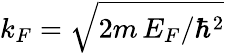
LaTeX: k_{F}=\sqrt{2m\, E_{F}/\hbar^{2}}